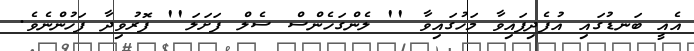
އެއީ ބަނޑުގައި އުފެދިފައިވާ މަހުގައިވާ '' ލެންގަހެންސް ސެލް ފަށަލަ'' ފޮރުވިދާ ފަހުންނެވެ.